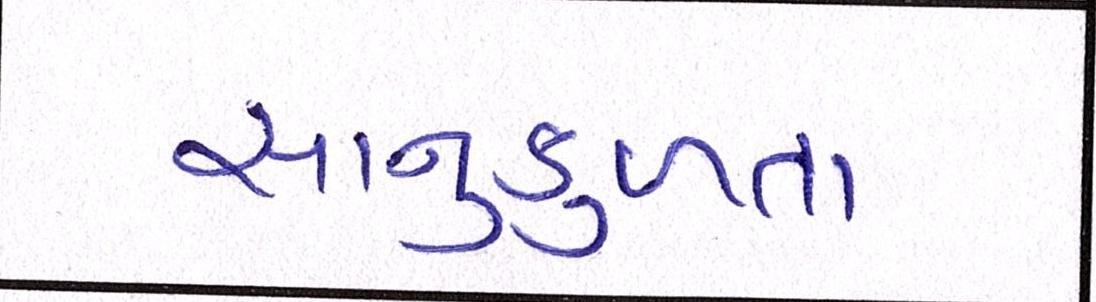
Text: સાનુકુળતા